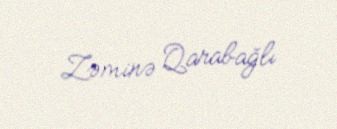
Zəminə Qarabağlı